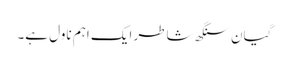
گیان سنگھ شاطر ایک اہم ناول ہے۔